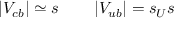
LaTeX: \left| V _ { c b } \right| \simeq s \qquad \left| V _ { u b } \right| = s _ { U } s